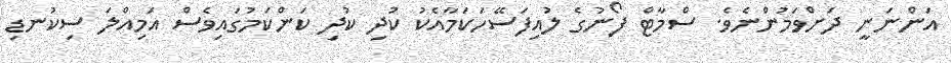
އަންނަނީ ދަށްވަމުންނެވެ. ސްމާޓް ފޯނުގެ ލުއިފަސޭހަކަމާއެކު ކުދި ކުދި ކަންކަމުގައިވެސް އަމިއްލަ ސިކުނޑި